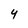
Character: Y